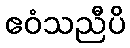
ဧဝံသညီပိ